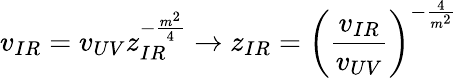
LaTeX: v_{IR}=v_{UV}z_{IR}^{-\frac{m^{2}}{4}}\to z_{IR}=\left(\frac{v_{IR}}{v_{UV}}\right)^{-\frac{4}{m^{2}}}